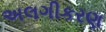
અલગીકરણ